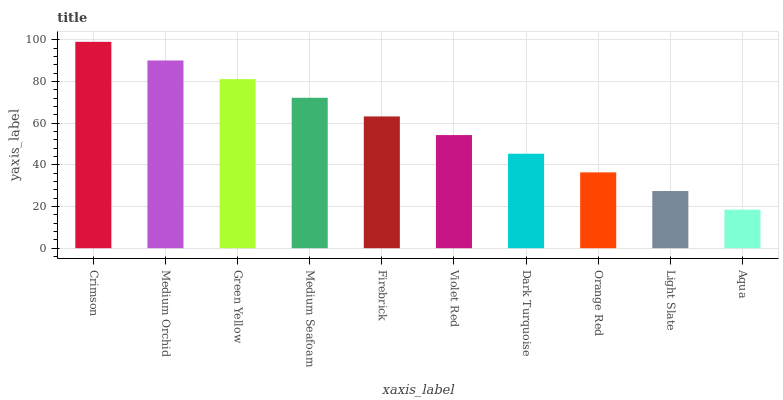
| xaxis_label | bars |
 | --- | --- |
 | Crimson | 99 |
 | Medium Orchid | 90.1 |
 | Green Yellow | 81.1 |
 | Medium Seafoam | 72.2 |
 | Firebrick | 63.2 |
 | Violet Red | 54.3 |
 | Dark Turquoise | 45.3 |
 | Orange Red | 36.4 |
 | Light Slate | 27.4 |
 | Aqua | 18.5 |